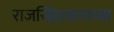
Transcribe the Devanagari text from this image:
राजसिंहासनाच्या